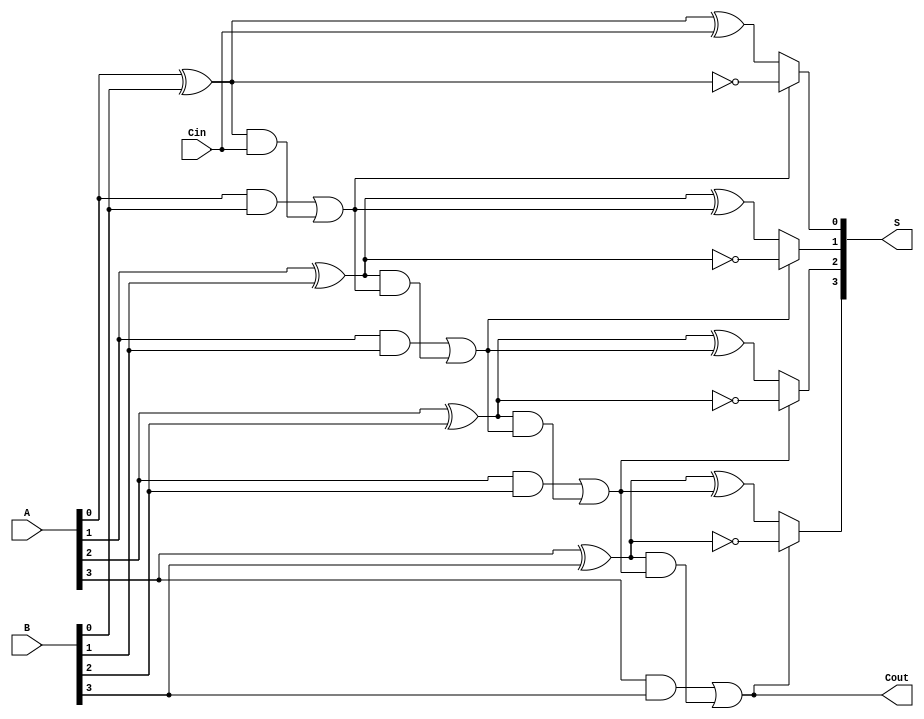
module conditional_sum_adder #(parameter N = 4) (
    input  wire [N-1:0] A,      // First n-bit input
    input  wire [N-1:0] B,      // Second n-bit input
    input  wire Cin,             // Carry-in
    output wire [N-1:0] S,       // n-bit sum output
    output wire Cout             // Carry-out
);

    // Generate and Propagate signals
    wire [N-1:0] G; // Generate signals
    wire [N-1:0] P; // Propagate signals
    wire [N:0] C;   // Carry signals

    // Generate and Propagate calculations
    genvar i;
    generate
        for (i = 0; i < N; i = i + 1) begin : gen_prop
            assign G[i] = A[i] & B[i];       // Generate
            assign P[i] = A[i] ^ B[i];       // Propagate
        end
    endgenerate

    // Carry signal calculations
    assign C[0] = Cin; // Initial carry-in
    generate
        for (i = 1; i <= N; i = i + 1) begin : carry_gen
            assign C[i] = G[i-1] | (P[i-1] & C[i-1]); // Carry
        end
    endgenerate

    // Sum calculations
    wire [N-1:0] S0; // Sum if carry is 0
    wire [N-1:0] S1; // Sum if carry is 1

    generate
        for (i = 0; i < N; i = i + 1) begin : sum_calc
            assign S0[i] = P[i] ^ C[i]; // Sum if carry is 0
            assign S1[i] = ~P[i];        // Sum if carry is 1
        end
    endgenerate

    // Multiplexers to select the appropriate sum based on the carry signals
    generate
        for (i = 0; i < N; i = i + 1) begin : mux
            assign S[i] = C[i+1] ? S1[i] : S0[i]; // Select sum based on carry
        end
    endgenerate

    // Final carry-out
    assign Cout = C[N]; // Final carry-out

endmodule